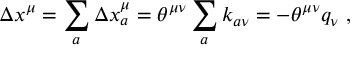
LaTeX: \Delta x ^ { \mu } = \sum _ { a } \Delta x _ { a } ^ { \mu } = \theta ^ { \mu \nu } \sum _ { a } k _ { a \nu } = - \theta ^ { \mu \nu } q _ { \nu } \ ,